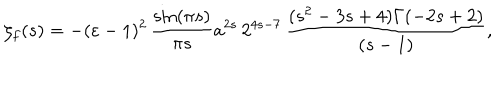
LaTeX: \zeta _ { f } ( s ) = - ( \varepsilon - 1 ) ^ { 2 } \, \frac { \sin ( \pi s ) } { \pi s } a ^ { 2 s } \, 2 ^ { 4 s - 7 } \, \frac { ( s ^ { 2 } - 3 s + 4 ) \Gamma ( - 2 s + 2 ) } { ( s - 1 ) } ,